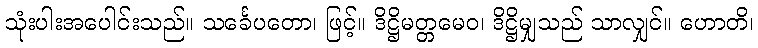
သုံးပါးအပေါင်းသည်။ သင်္ခေပတော၊ ဖြင့်။ ဒိဋ္ဌိမတ္တမေဝ၊ ဒိဋ္ဌိမျှသည် သာလျှင်။ ဟောတိ၊